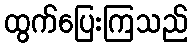
ထွက်ပြေးကြသည်